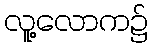
လူ့လောက၌